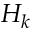
H _ { k }